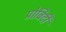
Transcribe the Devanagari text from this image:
प्रोबिटी